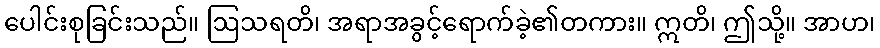
ပေါင်းစုခြင်းသည်။ ဩသရတိ၊ အရာအခွင့်ရောက်ခဲ့၏တကား။ ဣတိ၊ ဤသို့။ အာဟ၊